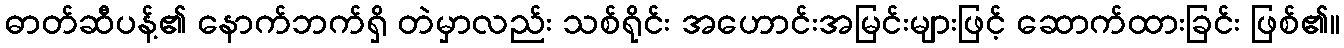
ဓာတ်ဆီပန့်၏ နောက်ဘက်ရှိ တဲမှာလည်း သစ်ရိုင်း အဟောင်းအမြင်းများဖြင့် ဆောက်ထားခြင်း ဖြစ်၏။